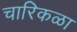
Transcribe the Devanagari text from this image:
चारिकळा